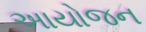
અાયોજન